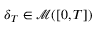
\delta _ { T } \in \mathcal { M } ( [ 0 , T ] )